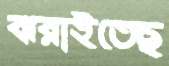
ঝরাইতেছ